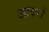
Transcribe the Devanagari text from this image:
आवरों